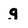
Character: g